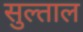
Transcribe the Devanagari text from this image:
सुल्ताल